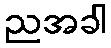
ညအခါ